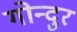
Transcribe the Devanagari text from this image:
गोन्दुर